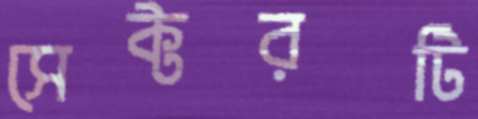
সেক্টরটি